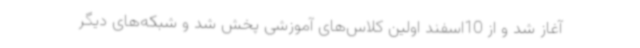
آغاز شد و از 10اسفند اولین کلاس‌های آموزشی پخش شد و شبکه‌های دیگر